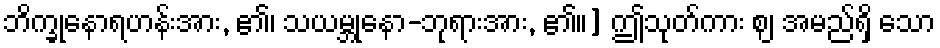
ဘိက္ခုနောရဟန်းအား, ၏၊ သယမ္ဘုနော-ဘုရားအား, ၏။] ဤသုတ်ကား ဈ အမည်ရှိ သော